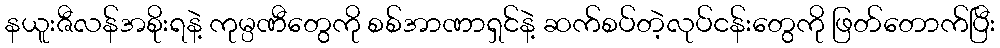
နယူးဇီလန်အစိုးရနဲ့ ကုမ္ပဏီတွေကို စစ်အာဏာရှင်နဲ့ ဆက်စပ်တဲ့လုပ်ငန်းတွေကို ဖြတ်တောက်ပြီး